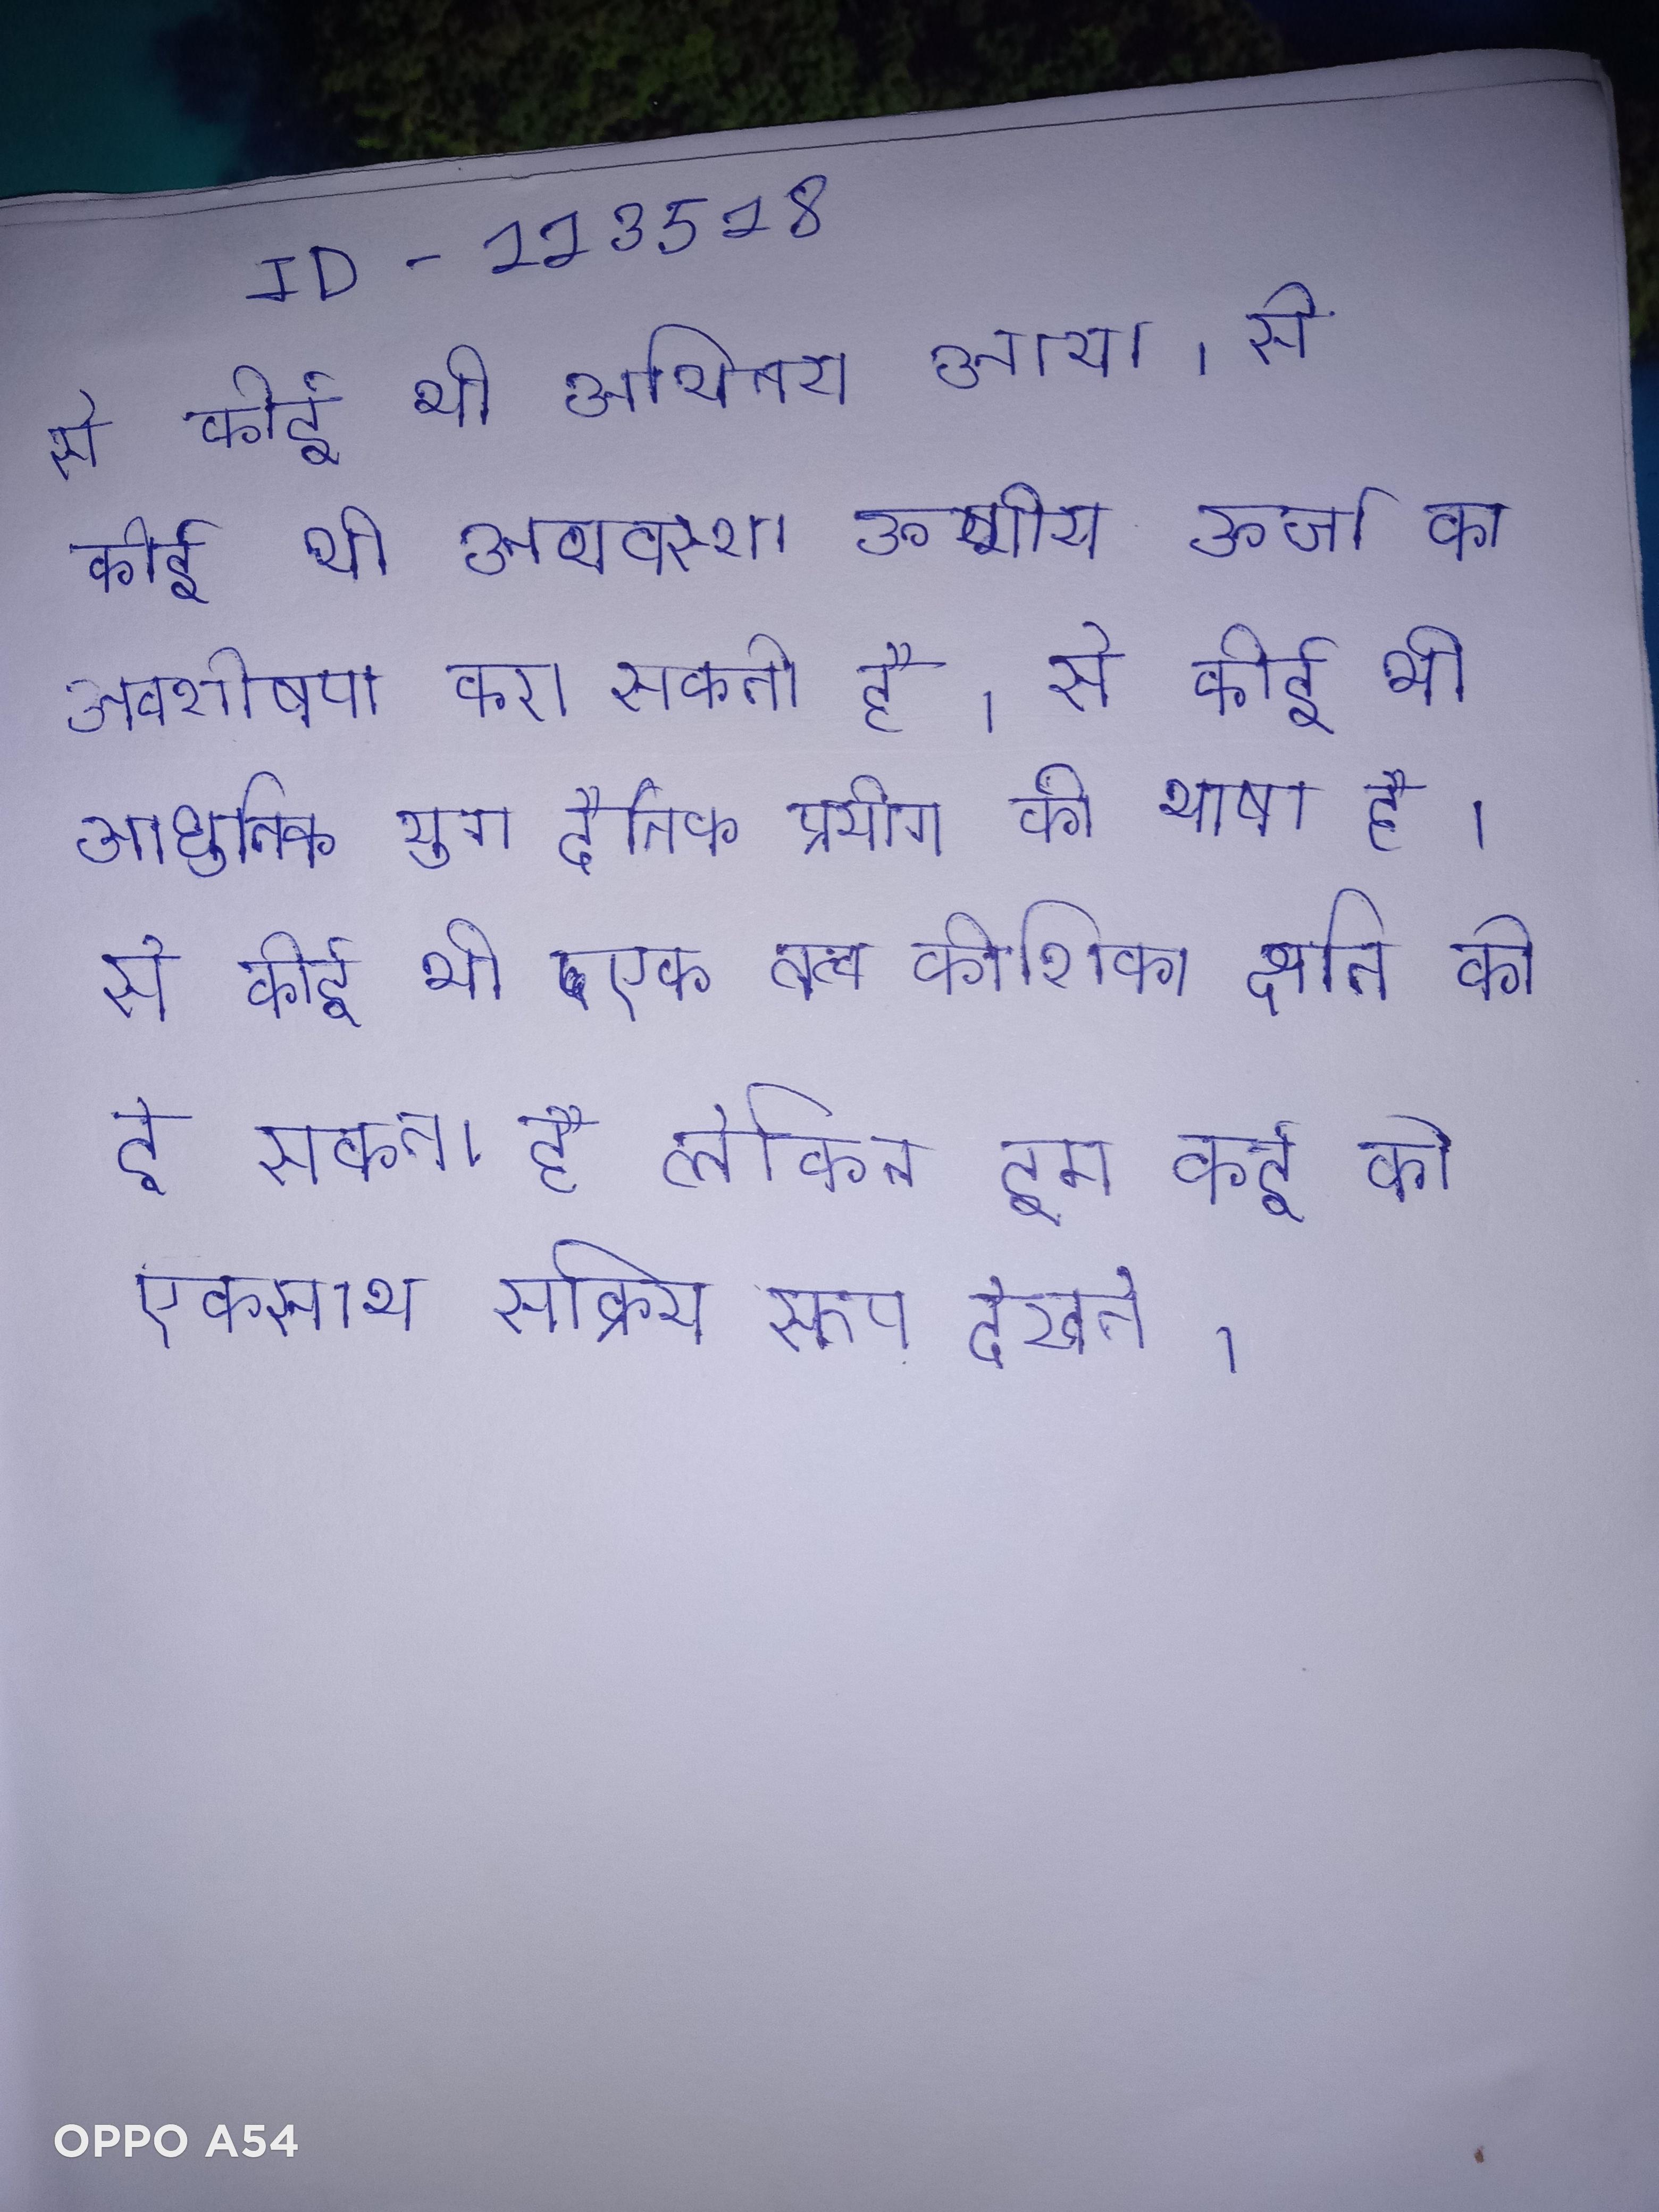
से कोई भी अभिनय आया । से कोई भी अव्यवस्था ऊष्मीय ऊर्जा का अवशोषण करा सकती है । से कोई भी आधुनिक युग दैनिक प्रयोग की भाषा है । से कोई भी एक तत्व कोशिका क्षति को दे सकता है लेकिन हम कई को एकसाथ सक्रिय रूप देखते ।